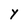
Character: Y